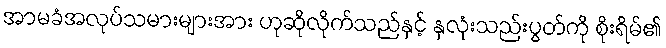
အာမခံအလုပ်သမားများအား ဟုဆိုလိုက်သည်နှင့် နှလုံးသည်းပွတ်ကို စိုးရိမ်၏